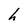
Character: h